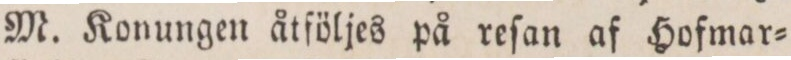
M. Konungen åtföljes på reſan af Hofmar=